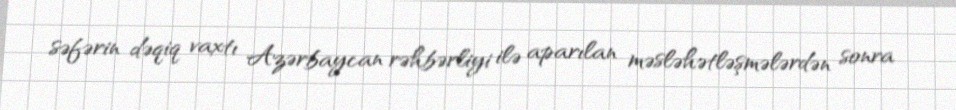
səfərin dəqiq vaxtı Azərbaycan rəhbərliyi ilə aparılan məsləhətləşmələrdən sonra